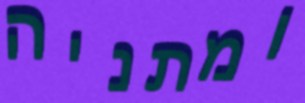
ומתניה